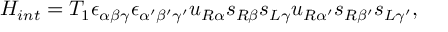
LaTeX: { \cal H } _ { i n t } = T _ { 1 } \epsilon _ { \alpha \beta \gamma } \epsilon _ { \alpha ^ { \prime } \beta ^ { \prime } \gamma ^ { \prime } } u _ { R \alpha } s _ { R \beta } s _ { L \gamma } u _ { R \alpha ^ { \prime } } s _ { R \beta ^ { \prime } } s _ { L \gamma ^ { \prime } } ,